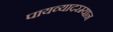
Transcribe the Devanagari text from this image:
पायव्यादरम्यान